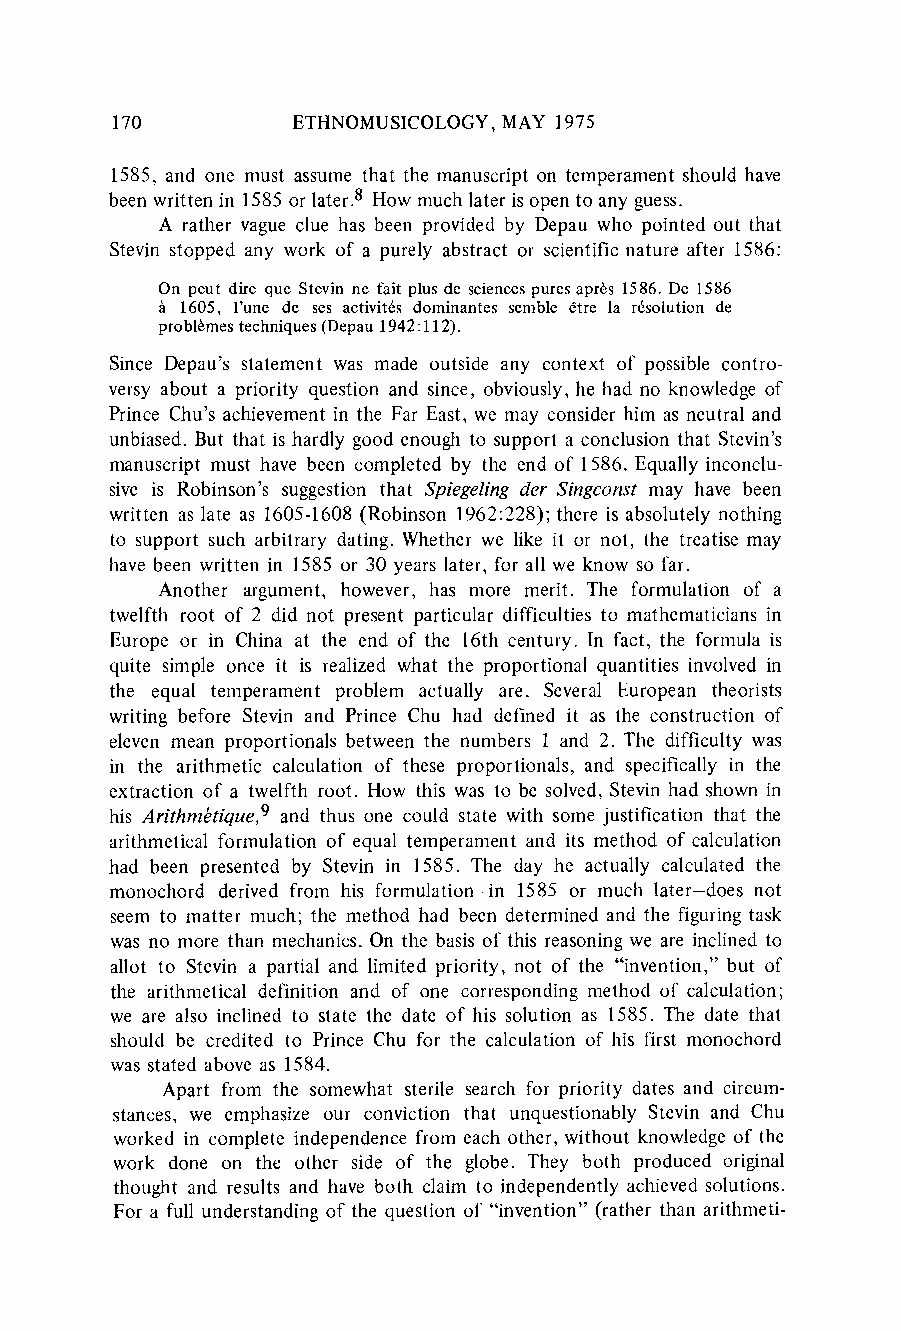
170         ETHNOMUSICOLOGY, MAY 1975
 1585, and one must assume that the manuscripto n temperaments hould have
 been written in 1585 or later.8 How much later is open to any guess.
 A rather vague clue has been provided by Depau who pointed out that
 Stevin stopped any work of a purely abstract or scientific nature after 1586:
 On peut dire que Stevin ne fait plus de sciences pures apres 1586. De 1586
 a 1605, l'une de ses activites dominantes semble etre la r6solution de
 problmes techniques (Depau 1942:112).
 Since Depau's statement was made outside any context of possible contro-
 versy about a priority question and since, obviously, he had no knowledge of
 Prince Chu's achievementi n the Far East, we may consider him as neutral and
 unbiased. But that is hardly good enough to support a conclusion that Stevin's
 manuscriptm ust have been completed by the end of 1586. Equally inconclu-
 sive is Robinson's suggestion that Spiegeling der Singconst may have been
 written as late as 1605-1608 (Robinson 1962:228); there is absolutely nothing
 to support such arbitraryd ating. Whether we like it or not, the treatise may
 have been written in 1585 or 30 years later, for all we know so far.
 Another argument, however, has more merit. The formulation of a
 twelfth root of 2 did not present particulard ifficulties to mathematiciansi n
 Europe or in China at the end of the 16th century. In fact, the formula is
 quite simple once it is realized what the proportional quantities involved in
 the equal temperament problem actually are. Several European theorists
 writing before Stevin and Prince Chu had defined it as the construction of
 eleven mean proportionalsb etween the numbers 1 and 2. The difficulty was
 in the arithmetic calculation of these proportionals, and specifically in the
 extraction of a twelfth root. How this was to be solved, Stevin had shown in
 his Arithmetique,9 and thus one could state with some justification that the
 arithmeticalf ormulation of equal temperamenta nd its method of calculation
 had been presented by Stevin in 1585. The day he actually calculated the
 monochord derived from his formulation-in 1585 or much later-does not
 seem to matter much; the method had been determineda nd the figuringt ask
 was no more than mechanics. On the basis of this reasoningw e are inclined to
 allot to Stevin a partial and limited priority, not of the "invention," but of
 the arithmetical definition and of one correspondingm ethod of calculation;
 we are also inclined to state the date of his solution as 1585. The date that
 should be credited to Prince Chu for the calculation of his first monochord
 was stated above as 1584.
 Apart from the somewhat sterile search for priority dates and circum-
 stances, we emphasize our conviction that unquestionably Stevin and Chu
 worked in complete independencef rom each other, without knowledge of the
 work done on the other side of the globe. They both produced original
 thought and results and have both claim to independentlya chieved solutions.
 For a full understandingo f the question of "invention"( rather than arithmeti-